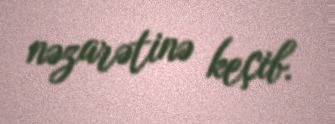
nəzarətinə keçib.